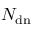
N _ { \mathrm { { d n } } }